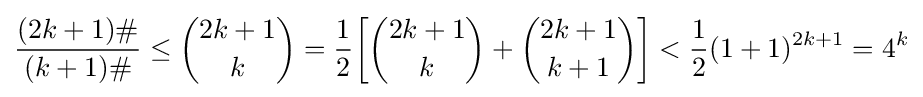
{\frac {(2k+1)\#}{(k+1)\#}}\leq {\binom {2k+1}{k}}={\frac {1}{2}}\!\left[{\binom {2k+1}{k}}+{\binom {2k+1}{k+1}}\right]<{\frac {1}{2}}(1+1)^{2k+1}=4^{k}